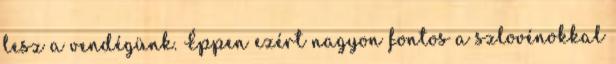
lesz a vendégünk. Éppen ezért nagyon fontos a szlovénokkal